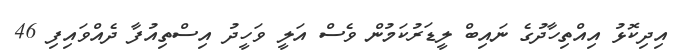
އިދިކޮޅު އިއްތިހާދުގެ ނައިބް ލީޑަރުކަމުން ވެސް އަލީ ވަހީދު އިސްތިއުފާ ދެއްވައިފި 46